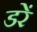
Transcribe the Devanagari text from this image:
डरें